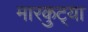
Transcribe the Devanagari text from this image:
मारकुट्या